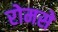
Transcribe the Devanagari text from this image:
रोमसे